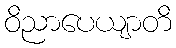
ဝိညာပေယျာတိ